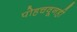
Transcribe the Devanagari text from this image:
पोहचवूनही